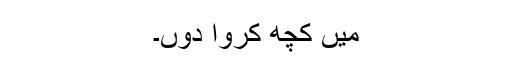
میں کچھ کروا دوں۔